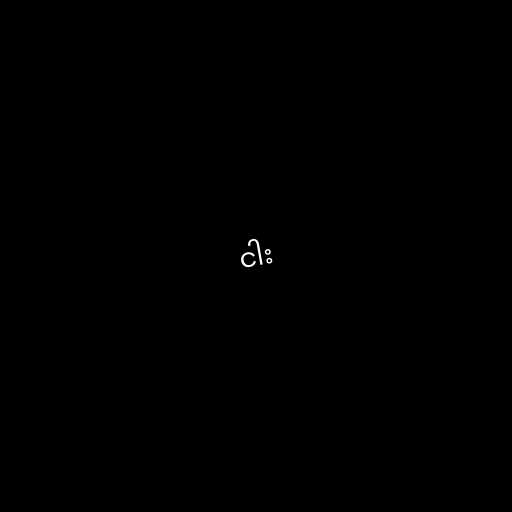
ငါး